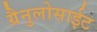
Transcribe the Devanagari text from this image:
ग्रैनुलोसाईट